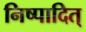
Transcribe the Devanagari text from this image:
निष्पादित्